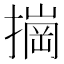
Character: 𰔠